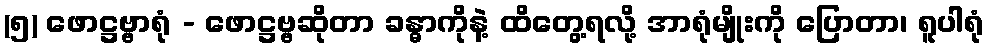
(၅) ဖောဋ္ဌဗ္ဗာရုံ - ဖောဋ္ဌဗ္ဗဆိုတာ ခန္ဓာကိုနဲ့ ထိတွေ့ရလို့ အာရုံမျိုးကို ပြောတာ၊ ရူပါရုံ